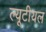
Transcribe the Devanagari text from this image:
ल्यूटीयल